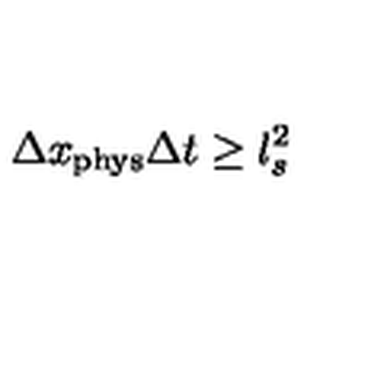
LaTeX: \Delta x _ { \mathrm { p h y s } } \Delta t \geq l _ { s } ^ { 2 }